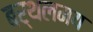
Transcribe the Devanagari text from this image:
बर्थलमय